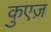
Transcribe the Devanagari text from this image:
कुएज़